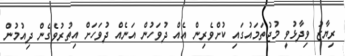
ރިޔާޒު ވިދާޅުވީ މުޖުތަމައުގައި ކުށްވެރިން އެއް ދުވަހުން އަނެއް ދުވަހަށް އިތުރުވެގެން ދިއުމުން